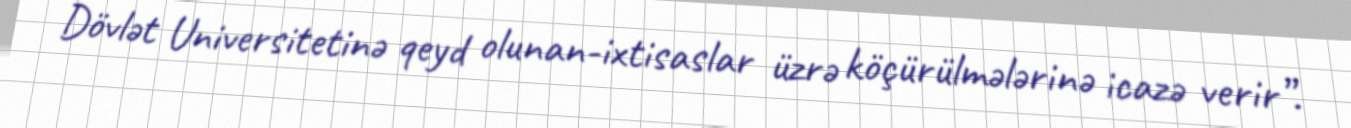
Dövlət Universitetinə qeyd olunan-ixtisaslar üzrə köçürülmələrinə icazə verir”.